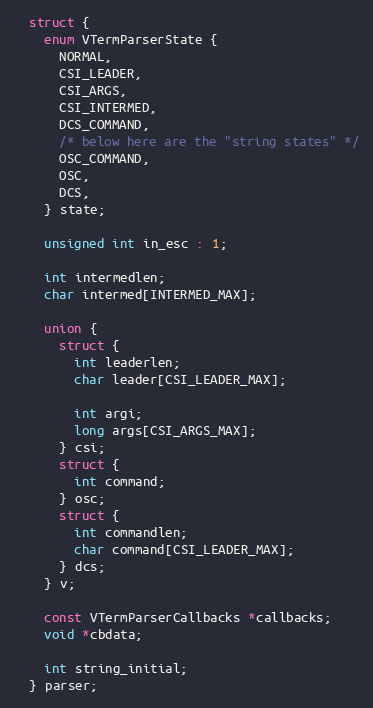
Language: C
  struct {
    enum VTermParserState {
      NORMAL,
      CSI_LEADER,
      CSI_ARGS,
      CSI_INTERMED,
      DCS_COMMAND,
      /* below here are the "string states" */
      OSC_COMMAND,
      OSC,
      DCS,
    } state;

    unsigned int in_esc : 1;

    int intermedlen;
    char intermed[INTERMED_MAX];

    union {
      struct {
        int leaderlen;
        char leader[CSI_LEADER_MAX];

        int argi;
        long args[CSI_ARGS_MAX];
      } csi;
      struct {
        int command;
      } osc;
      struct {
        int commandlen;
        char command[CSI_LEADER_MAX];
      } dcs;
    } v;

    const VTermParserCallbacks *callbacks;
    void *cbdata;

    int string_initial;
  } parser;